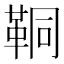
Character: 𩊗